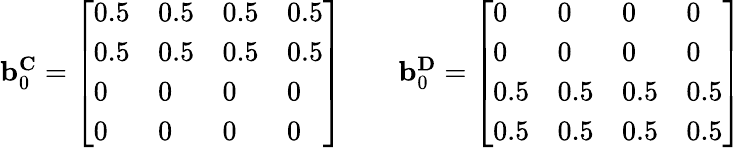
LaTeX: \begin{array}{r}{\mathbf{b}_{0}^{\mathbf{C}}=\left[\begin{array}{llll}{0.5}&{0.5}&{0.5}&{0.5}\\ {0.5}&{0.5}&{0.5}&{0.5}\\ {0}&{0}&{0}&{0}\\ {0}&{0}&{0}&{0}\end{array}\right]\qquad\mathbf{b}_{0}^{\mathbf{D}}=\left[\begin{array}{llll}{0}&{0}&{0}&{0}\\ {0}&{0}&{0}&{0}\\ {0.5}&{0.5}&{0.5}&{0.5}\\ {0.5}&{0.5}&{0.5}&{0.5}\end{array}\right]}\end{array}